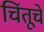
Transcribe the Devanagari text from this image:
चिंतूचे